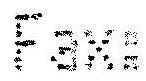
FAX: